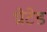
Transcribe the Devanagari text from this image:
थ्रोटेड